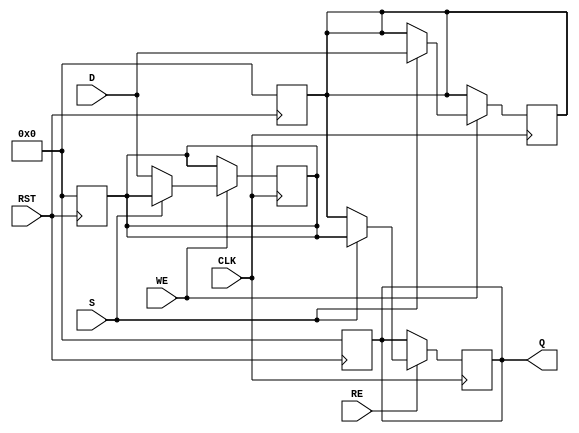
module double_buffer_register #(
    parameter DATA_WIDTH = 8  // Parameter for data width
)(
    input  wire [DATA_WIDTH-1:0] D,    // Data input
    input  wire WE,                    // Write Enable
    input  wire RE,                    // Read Enable
    input  wire S,                     // Select signal for buffer
    input  wire CLK,                   // Clock signal
    input  wire RST,                   // Asynchronous reset
    output reg [DATA_WIDTH-1:0] Q      // Data output
);

    // Declare the two buffers
    reg [DATA_WIDTH-1:0] buffer_a;
    reg [DATA_WIDTH-1:0] buffer_b;

    // Asynchronous reset
    always @(posedge RST) begin
        buffer_a <= {DATA_WIDTH{1'b0}};
        buffer_b <= {DATA_WIDTH{1'b0}};
        Q <= {DATA_WIDTH{1'b0}};
    end

    // Sequential logic for writing and reading
    always @(posedge CLK) begin
        if (WE) begin
            // Write data to the selected buffer
            if (S) begin
                buffer_b <= D;  // Write to Buffer B
            end else begin
                buffer_a <= D;  // Write to Buffer A
            end
        end
        
        if (RE) begin
            // Read data from the currently active buffer
            if (S) begin
                Q <= buffer_a;  // Read from Buffer A
            end else begin
                Q <= buffer_b;  // Read from Buffer B
            end
        end
    end

endmodule